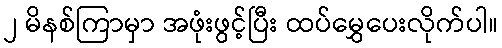
၂ မိနစ်ကြာမှာ အဖုံးဖွင့်ပြီး ထပ်မွှေပေးလိုက်ပါ။